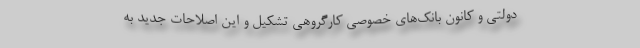
دولتی و کانون بانک‌های خصوصی کارگروهی تشکیل و این اصلاحات جدید به